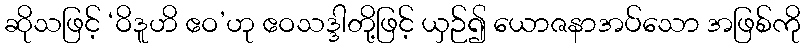
ဆိုသဖြင့် ‘ဝိဒူဟိ ဧဝ’ဟု ဧဝသဒ္ဒါတို့ဖြင့် ယှဉ်၍ ယောဇနာအပ်သော အဖြစ်ကို